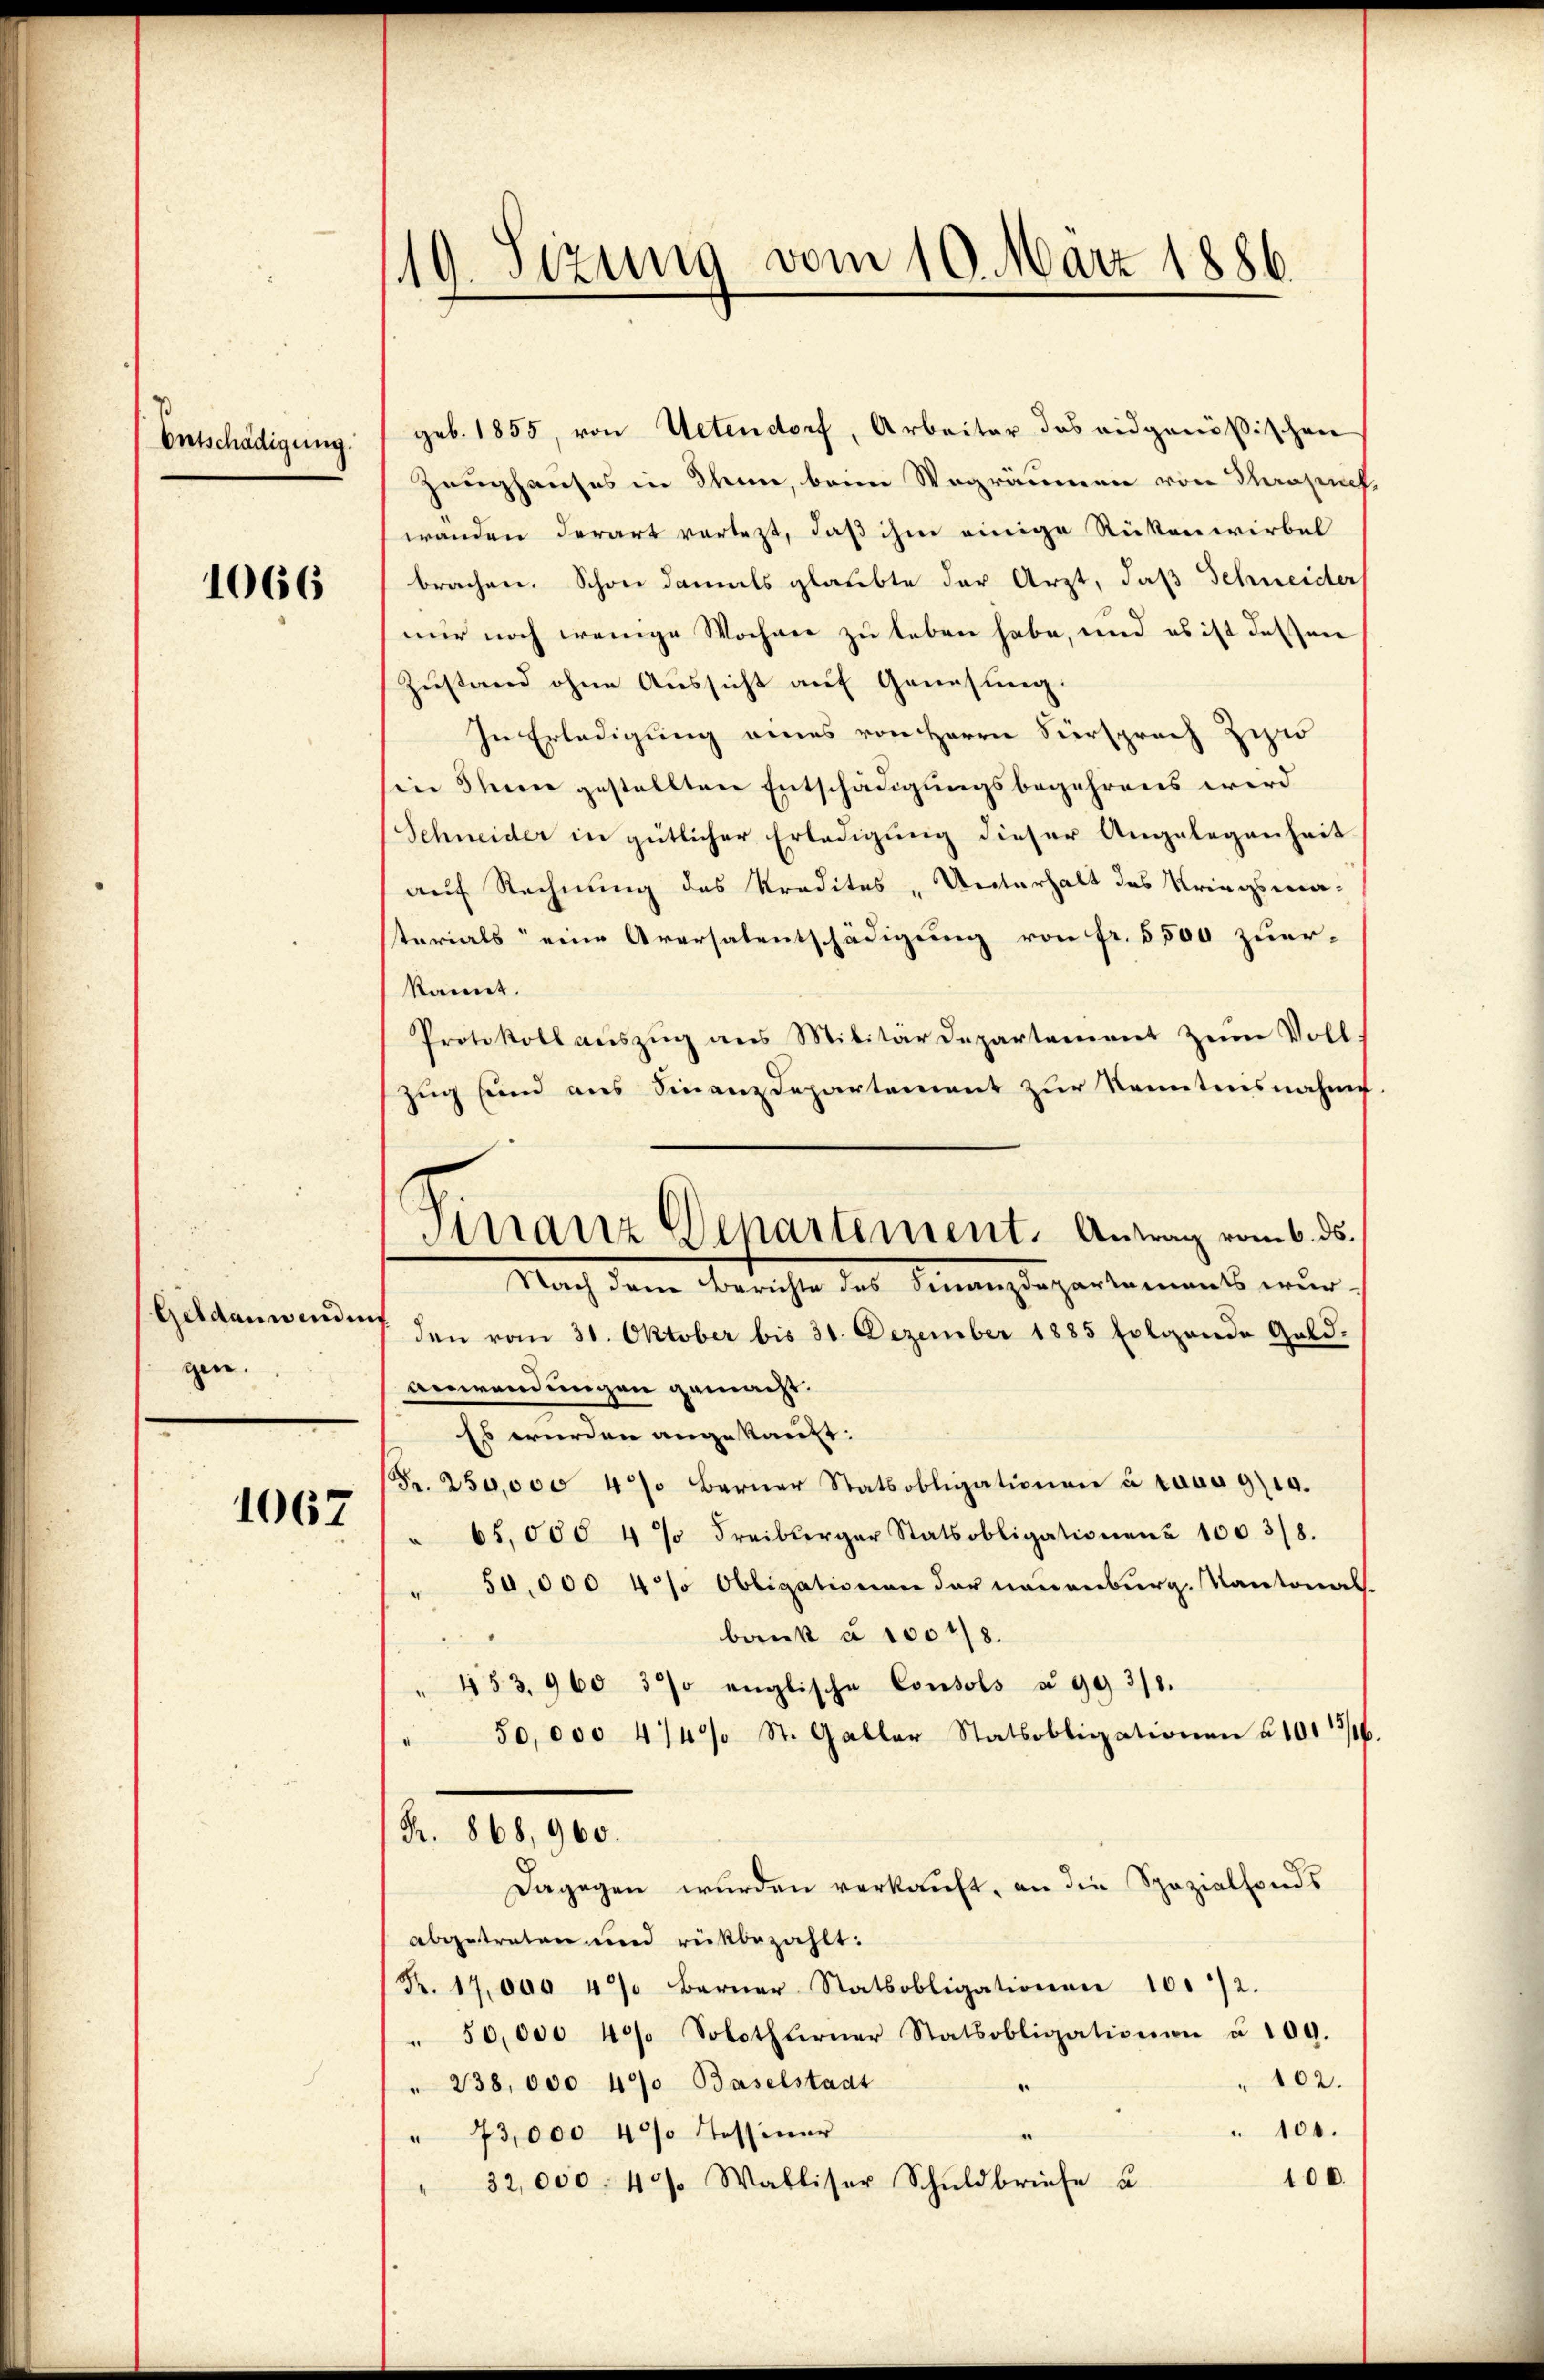
Entschädigung.

1066

Geldanwenden
gen.

1067

19. Sizung vom 10. März 1886.

Finanz-Departement. Antrag vom 6. ds.
Nach dem Berichte des Finanzdepartements wur-

geb. 1855, von Uetendorf, Arbeiter das eidgenößischen
Zeughauses in Thun, beim Wegräumen von Thrapues,
wanden derart vortest, daß ihm einige Rükenwirbel
brachen. Schon damals glaubte der Arzt, daß Schneider
nur noch wenige Wochen zu leben habe, und es ist dessen
Zustand ohne Aussicht auf Genesung.
In Erledigung eines von Herrn Viersprach Zizio
in Ihnen gestellten Entschädigungsbegehrens wird
Schneider in gütlicher Erledigung dieser Angelegenheit
auf Rechnung des Stradites - Unterhalt des Kriegsma-
terials eine Aversalentschädigung von fr. 5500 zuer-
kannt.
Protokoll aŭszŭg ans Militärdepartenient zum Voll
zug und aus Finanzdepartement zur Kenntnisnahme
7 den vom 31. Oktober bis 31. Dezember 1885 folgende Gold.
anwendungen gemacht.
Es wurden angekauft:
(Fr. 250,000 4% Berner Statsobligationen à raus 9/10.
65,000 4 % Freiberger Statsobligationen 1003/8.
50,000 4% Obligationen der neuenburg. Kantonal
bank à 10048.
453. 960 3% englische Consols § 99 318.
50,000 4/4% St. Galler Statsobligationen § 101 13/16
Fr. 868, 960.
dagegen wŭrden verkaŭft, an die Spazialfonds
abgetreten und rückbezahlt:
R. 17,000 4% Berner Statsobligationen 10./2.
" 50,000 40% Solothurner Statsobligationen u. 109.
102.
" 238,000 490 Baselstadt
.
100.
" 73,000 40 Tessiner
100.
32,000. 4/ Walliser Schuldbriefe u